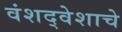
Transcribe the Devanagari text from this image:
वंशद्वेशाचे